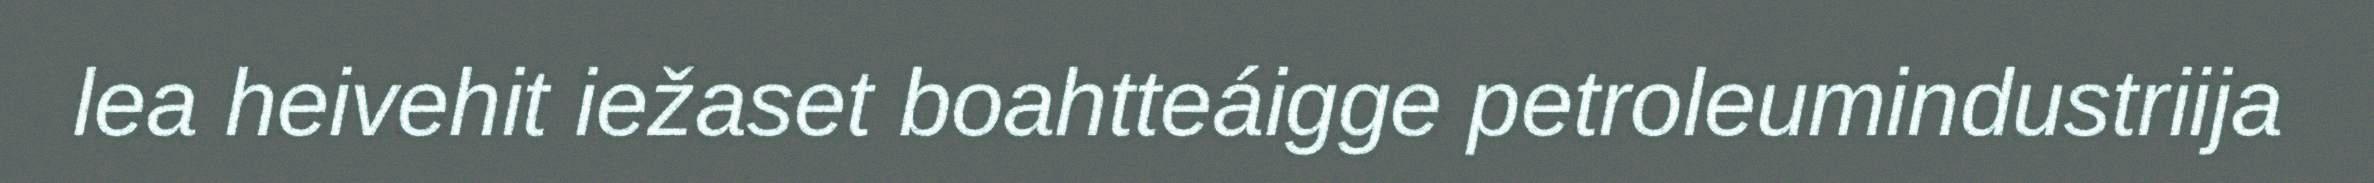
lea heivehit iežaset boahtteáigge petroleumindustriija